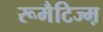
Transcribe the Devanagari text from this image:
रूमैटिज्म़